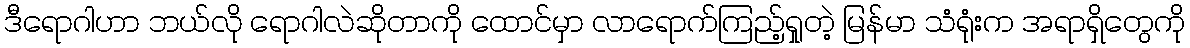
ဒီရောဂါဟာ ဘယ်လို ရောဂါလဲဆိုတာကို ထောင်မှာ လာရောက်ကြည့်ရှုတဲ့ မြန်မာ သံရုံးက အရာရှိတွေကို